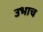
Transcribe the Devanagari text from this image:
उभाच